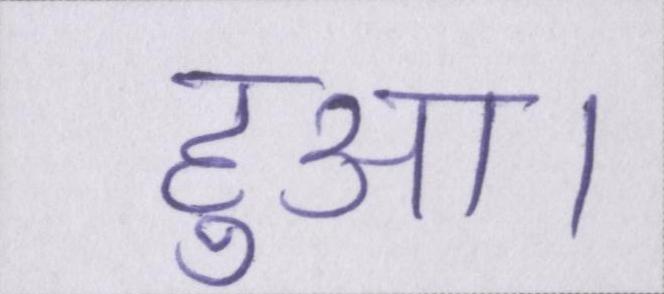
हुआ।